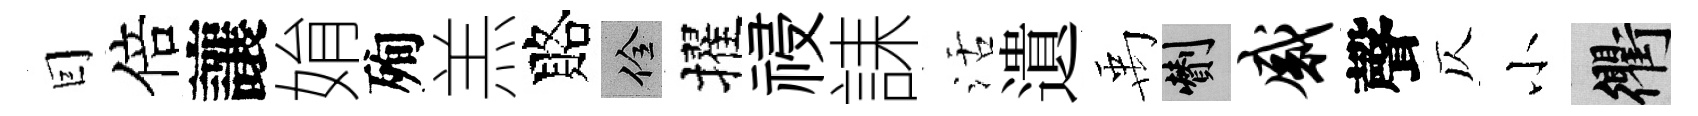
囙倍讓姢殉羔賂佺擢祲誄活遺禹剪感聲仄小衢